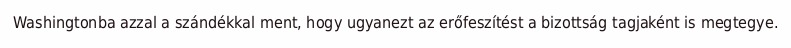
Washingtonba azzal a szándékkal ment, hogy ugyanezt az erőfeszítést a bizottság tagjaként is megtegye.